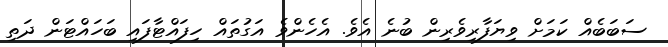
ސަބަބެއް ކަމަށް ވިޔަފާރިވެރިން ބުނެ އެވެ. އެހެންވެ އަގުތައް ހިފައްޓާފައި ބަހައްޓަން ދަތި